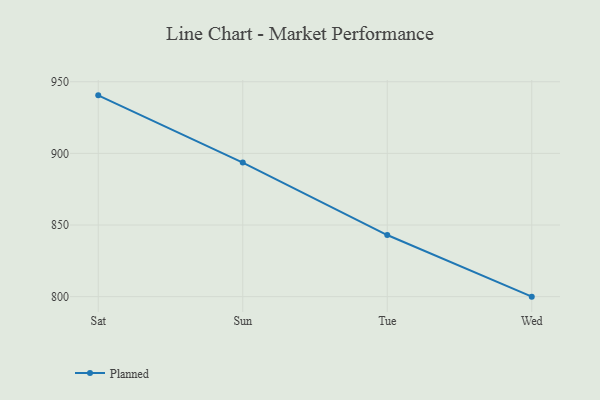
{"axis": {"x": "Day", "y": "Humidity (%)"}, "legend": ["Planned"], "data": [{"x": "Sat", "y": 940.5, "type": "Planned"}, {"x": "Sun", "y": 893.6, "type": "Planned"}, {"x": "Tue", "y": 843.0, "type": "Planned"}, {"x": "Wed", "y": 800, "type": "Planned"}]}